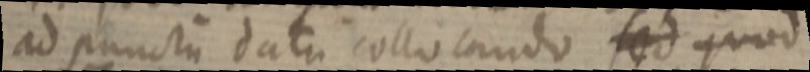
ad punctum data collocando sed quod